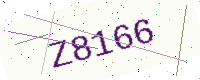
Text: Z8166